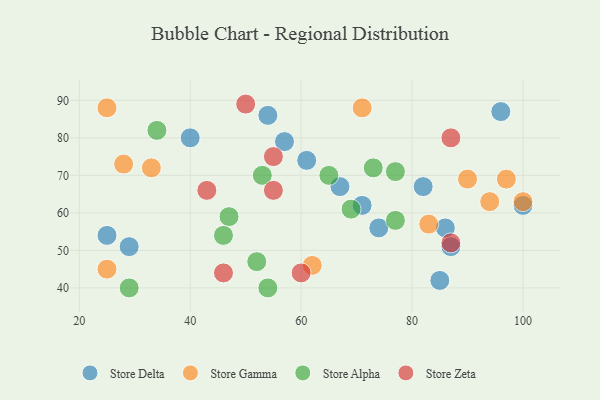
{"axis": {"x": "GDP", "y": "Life Expectancy"}, "legend": ["Store Alpha", "Store Delta", "Store Gamma", "Store Zeta"], "data": [{"x": "85", "y": 42, "type": "Store Delta"}, {"x": "74", "y": 56, "type": "Store Delta"}, {"x": "29", "y": 51, "type": "Store Delta"}, {"x": "40", "y": 80, "type": "Store Delta"}, {"x": "96", "y": 87, "type": "Store Delta"}, {"x": "57", "y": 79, "type": "Store Delta"}, {"x": "67", "y": 67, "type": "Store Delta"}, {"x": "82", "y": 67, "type": "Store Delta"}, {"x": "86", "y": 56, "type": "Store Delta"}, {"x": "71", "y": 62, "type": "Store Delta"}, {"x": "54", "y": 86, "type": "Store Delta"}, {"x": "25", "y": 54, "type": "Store Delta"}, {"x": "87", "y": 51, "type": "Store Delta"}, {"x": "100", "y": 62, "type": "Store Delta"}, {"x": "61", "y": 74, "type": "Store Delta"}, {"x": "25", "y": 45, "type": "Store Gamma"}, {"x": "94", "y": 63, "type": "Store Gamma"}, {"x": "62", "y": 46, "type": "Store Gamma"}, {"x": "100", "y": 63, "type": "Store Gamma"}, {"x": "25", "y": 88, "type": "Store Gamma"}, {"x": "83", "y": 57, "type": "Store Gamma"}, {"x": "97", "y": 69, "type": "Store Gamma"}, {"x": "90", "y": 69, "type": "Store Gamma"}, {"x": "33", "y": 72, "type": "Store Gamma"}, {"x": "28", "y": 73, "type": "Store Gamma"}, {"x": "71", "y": 88, "type": "Store Gamma"}, {"x": "47", "y": 59, "type": "Store Alpha"}, {"x": "65", "y": 70, "type": "Store Alpha"}, {"x": "69", "y": 61, "type": "Store Alpha"}, {"x": "77", "y": 58, "type": "Store Alpha"}, {"x": "54", "y": 40, "type": "Store Alpha"}, {"x": "34", "y": 82, "type": "Store Alpha"}, {"x": "53", "y": 70, "type": "Store Alpha"}, {"x": "46", "y": 54, "type": "Store Alpha"}, {"x": "29", "y": 40, "type": "Store Alpha"}, {"x": "73", "y": 72, "type": "Store Alpha"}, {"x": "77", "y": 71, "type": "Store Alpha"}, {"x": "52", "y": 47, "type": "Store Alpha"}, {"x": "55", "y": 75, "type": "Store Zeta"}, {"x": "46", "y": 44, "type": "Store Zeta"}, {"x": "87", "y": 52, "type": "Store Zeta"}, {"x": "55", "y": 66, "type": "Store Zeta"}, {"x": "50", "y": 89, "type": "Store Zeta"}, {"x": "43", "y": 66, "type": "Store Zeta"}, {"x": "87", "y": 80, "type": "Store Zeta"}, {"x": "60", "y": 44, "type": "Store Zeta"}]}